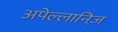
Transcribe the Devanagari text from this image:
अपेल्लानिज़